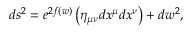
d s ^ { 2 } = e ^ { 2 f ( w ) } \left( \eta _ { \mu \nu } d x ^ { \mu } d x ^ { \nu } \right) + d w ^ { 2 } ,